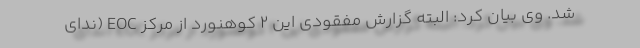
شد. وی بیان کرد: البته گزارش مفقودی این ۲ کوهنورد از مرکز EOC (ندای